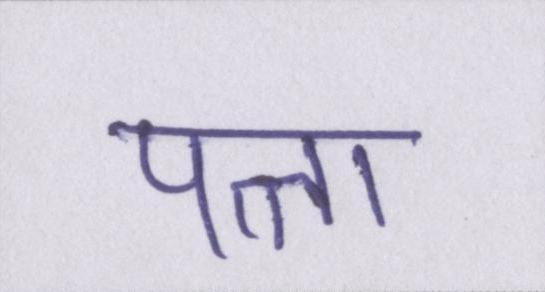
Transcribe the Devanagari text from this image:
पत्ता